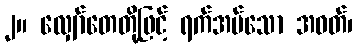
၂။ လျှော်တေတို့ဖြင့် ရက်အပ်သော အဝတ်၊